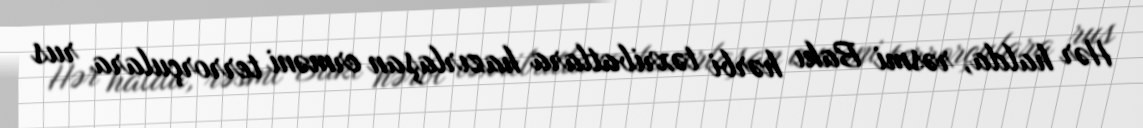
Hər halda, rəsmi Bakı hərbi təxribatlara hazırlaşan erməni terrorçulara rus